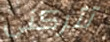
تتركنى